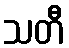
သတီ